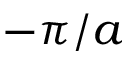
- \pi / a